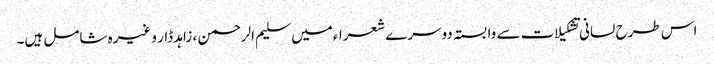
اس طرح لسانی تشکیلات سے وابستہ دوسرے شعراءمیں سلیم الرحمن ، زاہد ڈار وغیرہ شامل ہیں۔